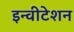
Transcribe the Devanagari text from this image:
इन्वीटेशन